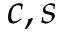
c , s